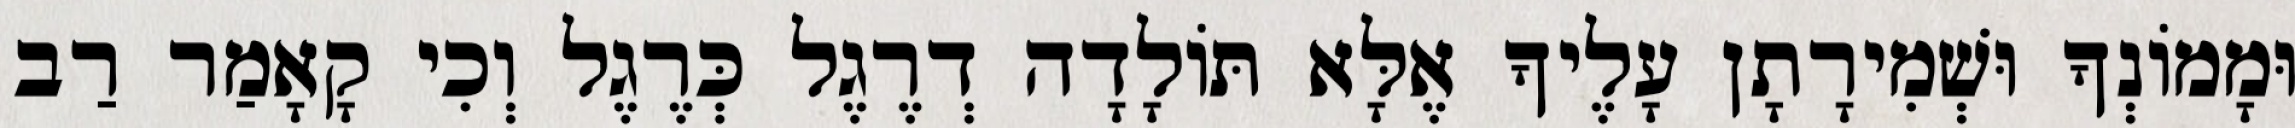
וּמָמוֹנְךָ וּשְׁמִירָתָן עָלֶיךָ אֶלָּא תּוֹלָדָה דְרֶגֶל כְּרֶגֶל וְכִי קָאָמַר רַב